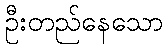
ဦးတည်နေသော